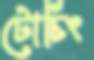
টোচিং